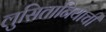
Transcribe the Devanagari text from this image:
लुसितानियाची